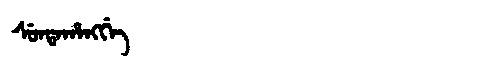
Manchu: ᠰᡠᠨᡨᠠᡥᠠᠩᡤᡝ
Romanization: SUNTAHANGGE